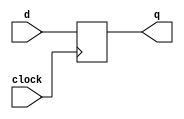
module register(q, d, clock);

    parameter
        width = 8;

    output [(width-1):0] q;
    reg    [(width-1):0] q;
    input  [(width-1):0] d;
    input  clock;

    always @(posedge clock)
        // if (enable == 1'b1)
            q <= d;

endmodule // register